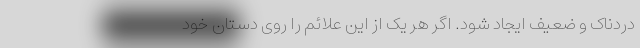
دردناک و ضعیف ایجاد شود. اگر هر یک از این علائم را روی دستان خود